Report on horse surra - Volume I
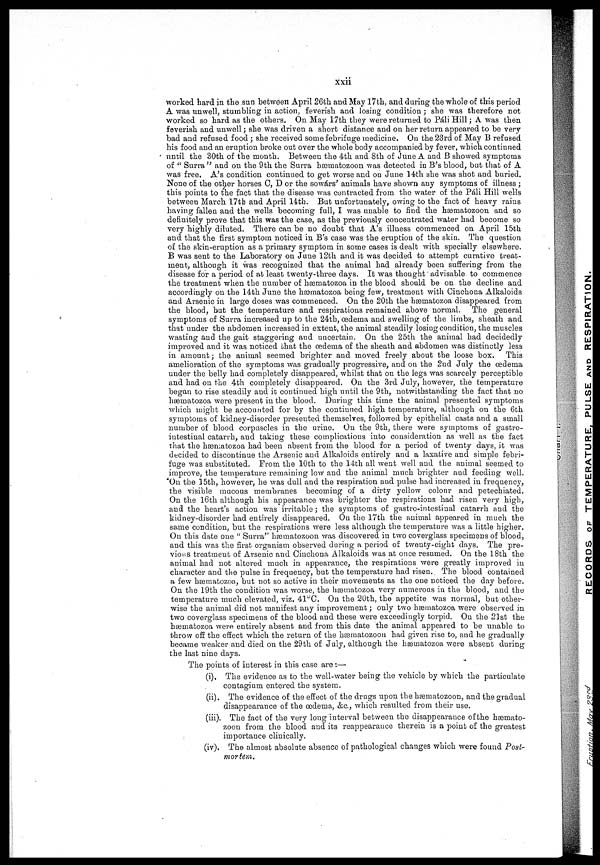
xxii
worked hard in the sun between April 26th and May 17th, and during the whole of this period
A was unwell, stumbling in action, feverish and losing condition ; she was therefore not
worked so hard as the others. On May 17th they were returned to Pali Hill ; A was then
feverish and unwell; she was driven a short distance and on her return appeared to be very
bad and refused food ; she received some febrifuge medicine. On the 23rd of May B refused
his food and an eruption broke out over the whole body accompanied by fever, which continued
until the 30th of the month. Between the 4th and 8th of June A and B showed symptoms
of " Surra" and on the 9th the Surra hæmatozoon was detected in B's blood, but that of A
was free. A's condition continued to get worse and on June 14th she was shot and buried.
None of the other horses C, D or the sowárs' animals have shown any symptoms of illness ;
this points to the fact that the disease was contracted from the water of the Pali Hill wells
between March 17th and April 14th. But unfortunately, owing to the fact of heavy rains
having fallen and the wells becoming full, I was unable to find the hæmatozoon and so
definitely prove that this was the case, as the previously concentrated water had become so
very highly diluted. There can be no doubt that A's illness commenced on April 15th
and that the first symptom noticed in B's case was the eruption of the skin. The question
of the skin-eruption as a primary symptom in some cases is dealt with specially elsewhere.
B was sent to the Laboratory on June 12th and it was decided to attempt curative treat-
ment, although it was recognized that the animal had already been suffering from the
disease for a period of at least twenty-three days. It was thought advisable to commence
the treatment when the number of ha3matozoa in the blood should be on the decline and
accordingly on the 14th June the ha3matozoa being few, treatment with Cinchona Alkaloids
and Arsenic in large doses was commenced. On the 20bh the hæmatozoa disappeared from
the blood, but the temperature and respirations remained above normal. The general
symptoms of Surra increased up to the 24th, œdema and swelling of the limbs, sheath and
that under the abdomen increased in extent, the animal steadily losing condition, the muscles
wasting and the gait staggering and uncertain. On the 25th the animal had decidedly
improved and it was noticed that the œdema of the sheath and abdomen was distinctly less
in amount ; the animal seemed brighter and moved freely about the loose box. This
amelioration of the symptoms was gradually progressive, and on the 2nd July the œdema
under the belly had completely disappeared, whilst that on the legs was scarcely perceptible
and had on the 4th completely disappeared. On the 3rd July, however, the temperature
began to rise steadily and it continued high until the 9th, notwithstanding the fact that no
hærnatozoa were present in the blood. During this time the animal presented symptoms
which might be accounted for by the continued high temperature, although on the 6th
symptoms of kidney-disorder presented themselves, followed by epithelial casts and a small
number of blood corpuscles in the urine. On the 9th, there were symptoms of gastro-
intestinal catarrh, and taking these complications into consideration as well as the fact
that the hæmatozoa had been absent from the blood for a period of twenty days, it was
decided to discontinue the Arsenic and Alkaloids entirely and a laxative and simple febri-
fuge was substituted. From the 10th to the 14th all went well and the animal seemed to
improve, the temperature remaining low and the animal much brighter and feeding well.
On the 15th, however, he was dull and the respiration and pulse had increased in frequency,
the visible mucous membranes becoming of a dirty yellow colour and petechiated.
On the 16th although his appearance was brighter the respirations had risen very high,
and the heart's action was irritable ; the symptoms of gastro-intestinal catarrh and the
kidney-disorder had entirely disappeared. On the 17th the animal appeared in much the
same condition, but the respirations were less although the temperature was a little higher.
On this date one " Surra" hæmatozoon was discovered in two coverglass specimens of blood,
and this was the first organism observed during a period of twenty-eight days. The pre-
vious treatment of Arsenic and Cinchona Alkaloids was at once resumed. On the 18th the
animal had not altered much in appearance, the respirations were greatly improved in
character and the pulse in frequency, but the temperature had risen. The blood contained
a few hæmatozoa, but not so active in their movements as the one noticed the day before.
On the 19th the condition was worse, the hæmatozoa very numerous in the blood, and the
temperature much elevated, viz. 41°C. On the 20th, the appetite was normal, but other-
wise the animal did not manifest any improvement ; only two hæmatozoa were observed in.
two coverglass specimens of the blood and these were exceedingly torpid. On the 21st the
hæmatozoa were entirely absent and from this date the animal appeared to be unable to
throw off the effect which the return of the hæmatozoon had given rise to, and he gradually
became weaker and died on the 29th of July, although the hæmatozoa were absent during
the last nine days.
The points of interest in this case are :—
(i). The evidence as to the well-water being the vehicle by which the particulate
contagium entered the system.
(ii). The evidence of the effect of the drugs upon the hæmatozoon, and the gradual
disappearance of the œdema, &c., which resulted from their use.
(iii). The fact of the very long interval between the disappearance of the hæmato-
zoon from the blood and its reappearance therein is a point of the greatest
importance clinically.
(iv). The almost absolute absence of pathological changes which were found Post-
mortem.